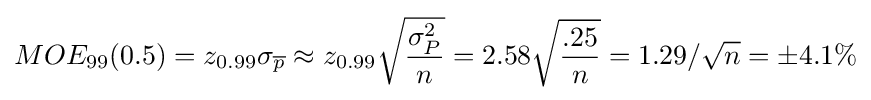
MOE_{99}(0.5)=z_{0.99}\sigma _{\overline {p}}\approx z_{0.99}{\sqrt {\frac {\sigma _{P}^{2}}{n}}}=2.58{\sqrt {\frac {.25}{n}}}=1.29/{\sqrt {n}}=\pm 4.1\%